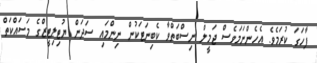
ފާހަގަ ކުރަމެވެ. އެހެންނަމަވެސް ޖަމީލް ނިސްބަތްވާ ކެބިނަޓަކުން ނިންމައި ސަދަން ޔުޓިލިޓީޒްގެ މަސައްކަތް